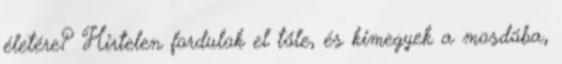
életére? Hirtelen fordulok el tőle, és kimegyek a mosdóba,